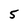
Character: 5